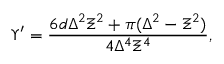
\Upsilon ^ { \prime } = \frac { 6 d \Delta ^ { 2 } \Xi ^ { 2 } + \pi ( \Delta ^ { 2 } - \Xi ^ { 2 } ) } { 4 \Delta ^ { 4 } \Xi ^ { 4 } } ,